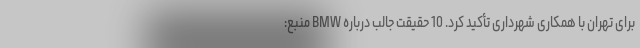
برای تهران با همکاری شهرداری تأکید کرد. 10 حقیقت جالب درباره BMW منبع: